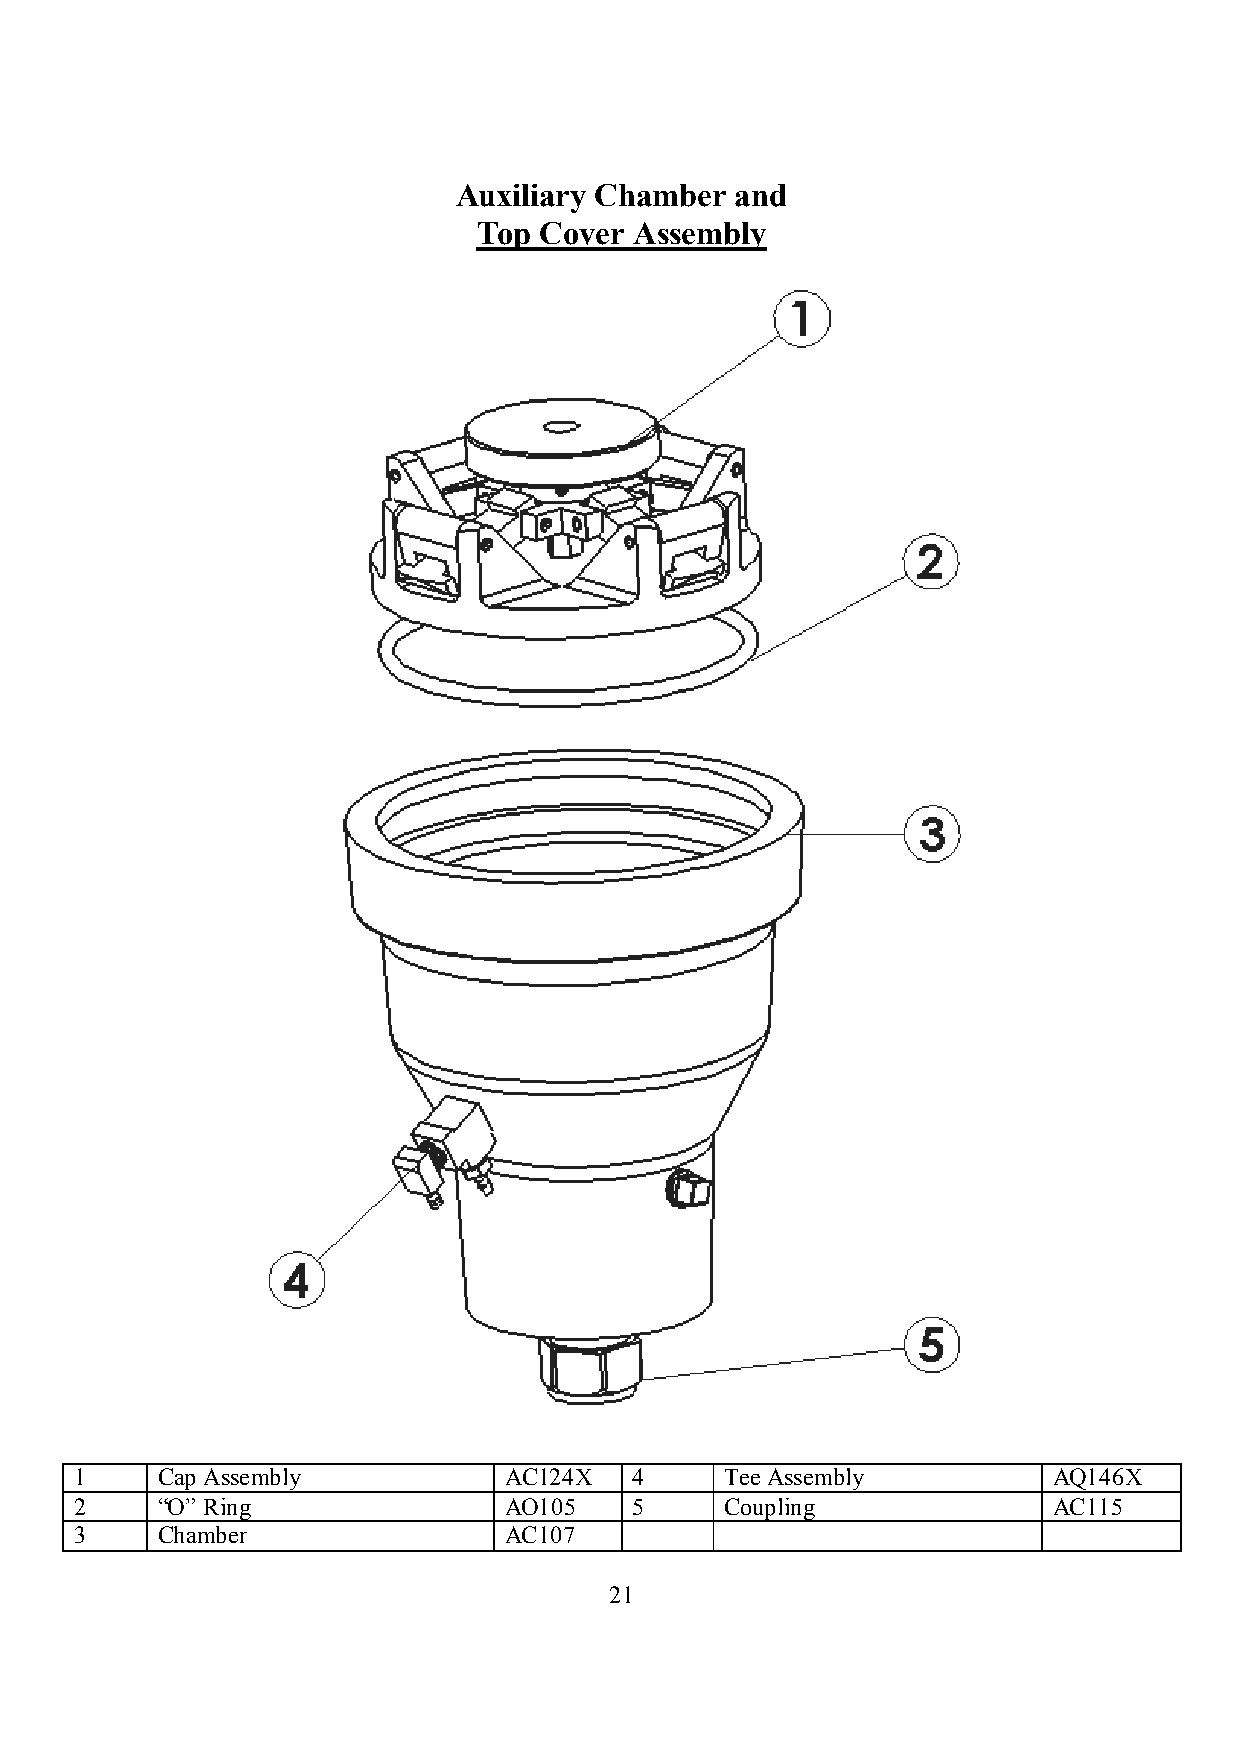
Auxiliary Chamber  and
 Top Cover Assembly
 1    Cap Assembly           AC124X   4     Tee Assembly          AQ146X
 2    “O” Ring               AO105    5     Coupling              AC115
 3    Chamber                AC107
 21